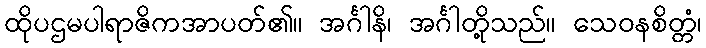
ထိုပဌမပါရာဇိကအာပတ်၏။ အင်္ဂါနိ၊ အင်္ဂါတို့သည်။ သေဝနစိတ္တံ၊